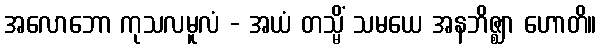
အလောဘော ကုသလမူလံ - အယံ တသ္မိံ သမယေ အနဘိဇ္ဈာ ဟောတိ။